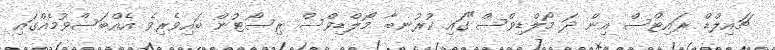
ޗައިލްޑް ރައިޓްސް އިން ދަ މޯލްޑިވްސް"ގައި ކުރުނބާ މޯލްޑިވްސް ރިސޯޓުން ބައިވެރިވެ އެއްބަސްވުމެއްގައި